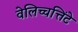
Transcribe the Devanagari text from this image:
वेलिच्चत्तिंटे